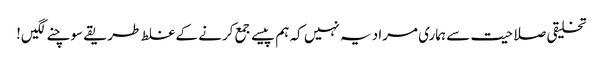
تخلیقی صلاحیت سے ہماری مراد یہ نہیں کہ ہم پیسے جمع کرنے کے غلط طریقے سوچنے لگیں!